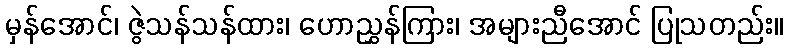
မှန်အောင်၊ ဇွဲသန်သန်ထား၊ ဟောညွှန်ကြား၊ အများညီအောင် ပြုသတည်း။